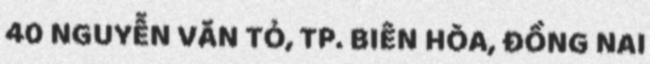
40 NGUYỄN VĂN TỎ, TP. BIÊN HÒA, ĐỒNG NAI